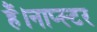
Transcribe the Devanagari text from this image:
हैं।नाप्स्टर